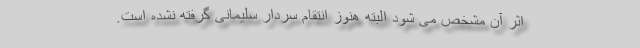
اثر آن مشخص می شود البته هنوز انتقام سردار سلیمانی گرفته نشده است.